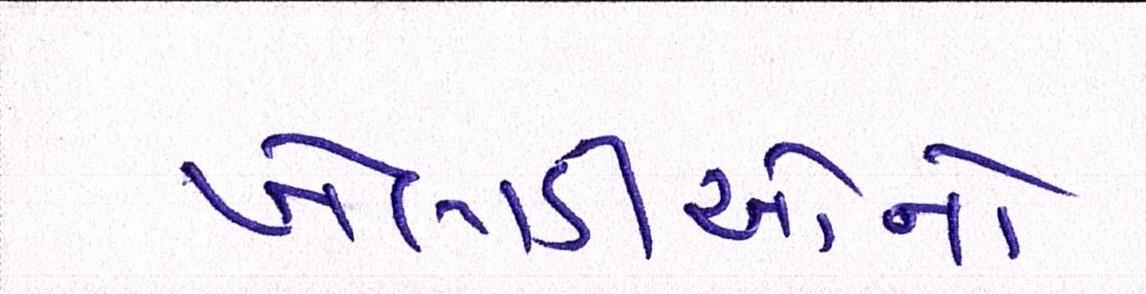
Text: ખેલાડીઓનો